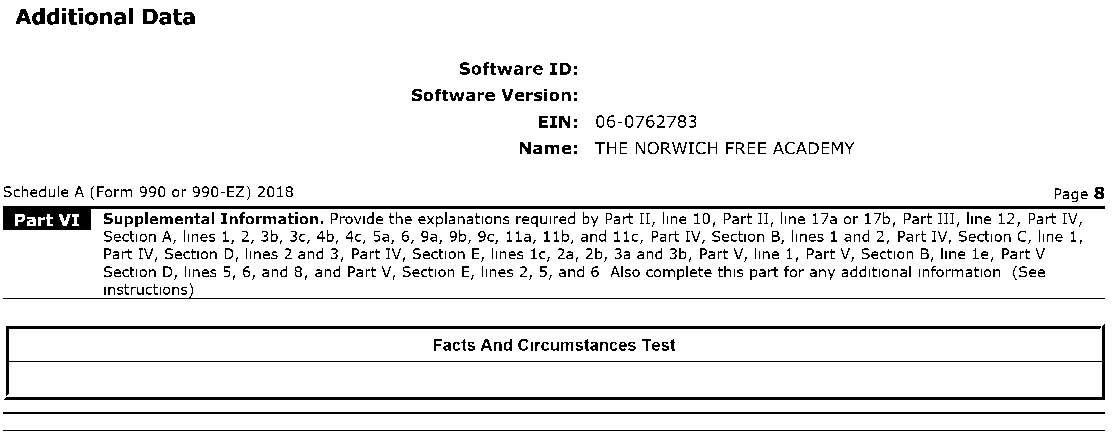
Additional Data
 Software ID:
 Software Version:
 EIN: 06-0762783
 Name: THE NORWICH FREE ACADEMY
 Schedule A (Form 990 or 990-EZ) 2018                                  Page 8
 Supplemental Information. Provide the explanations required by Part II, line 10, Part II, line 17a or 17b, Part III, line 12, Part IV,
 Section A, lines 1, 2, 3b, 3c, 4b, 4c, Sa, 6, 9a, 9b, 9c, 11a, 11b, and 11c, Part IV, Section B, lines 1 and 2, Part IV, Section C, line 1,
 Part IV, Section D, lines 2 and 3, Part IV, Section E, lines lc, 2a, 2b, 3a and 3b, Part V, line 1, Part V, Section B, line le, Part V
 Section D, lines 5, 6, and 8, and Part V, Section E, lines 2, 5, and 6 Also complete this part for any additional information (See
 instructions)
 Facts And Circumstances Test